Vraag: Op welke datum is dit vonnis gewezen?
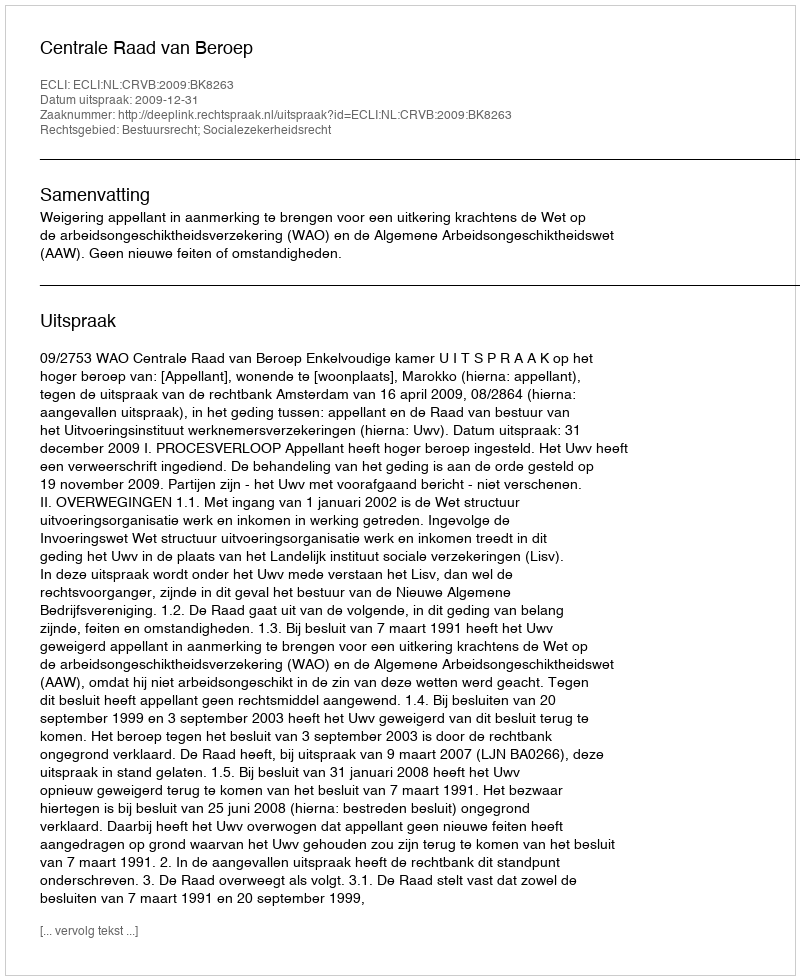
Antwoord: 2009-12-31